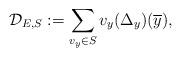
LaTeX: \begin{align*}\mathcal{D}_{E,S}:=\sum_{v_{y}\in{S}}v_{y}(\Delta_{y})(\overline{y}),\end{align*}